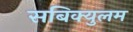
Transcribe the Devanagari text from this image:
सबिक्युलम